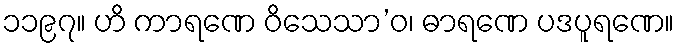
၁၁၉၇။ ဟိ ကာရဏေ ဝိသေသာ’ဝ၊ ဓာရဏေ ပဒပူရဏေ။